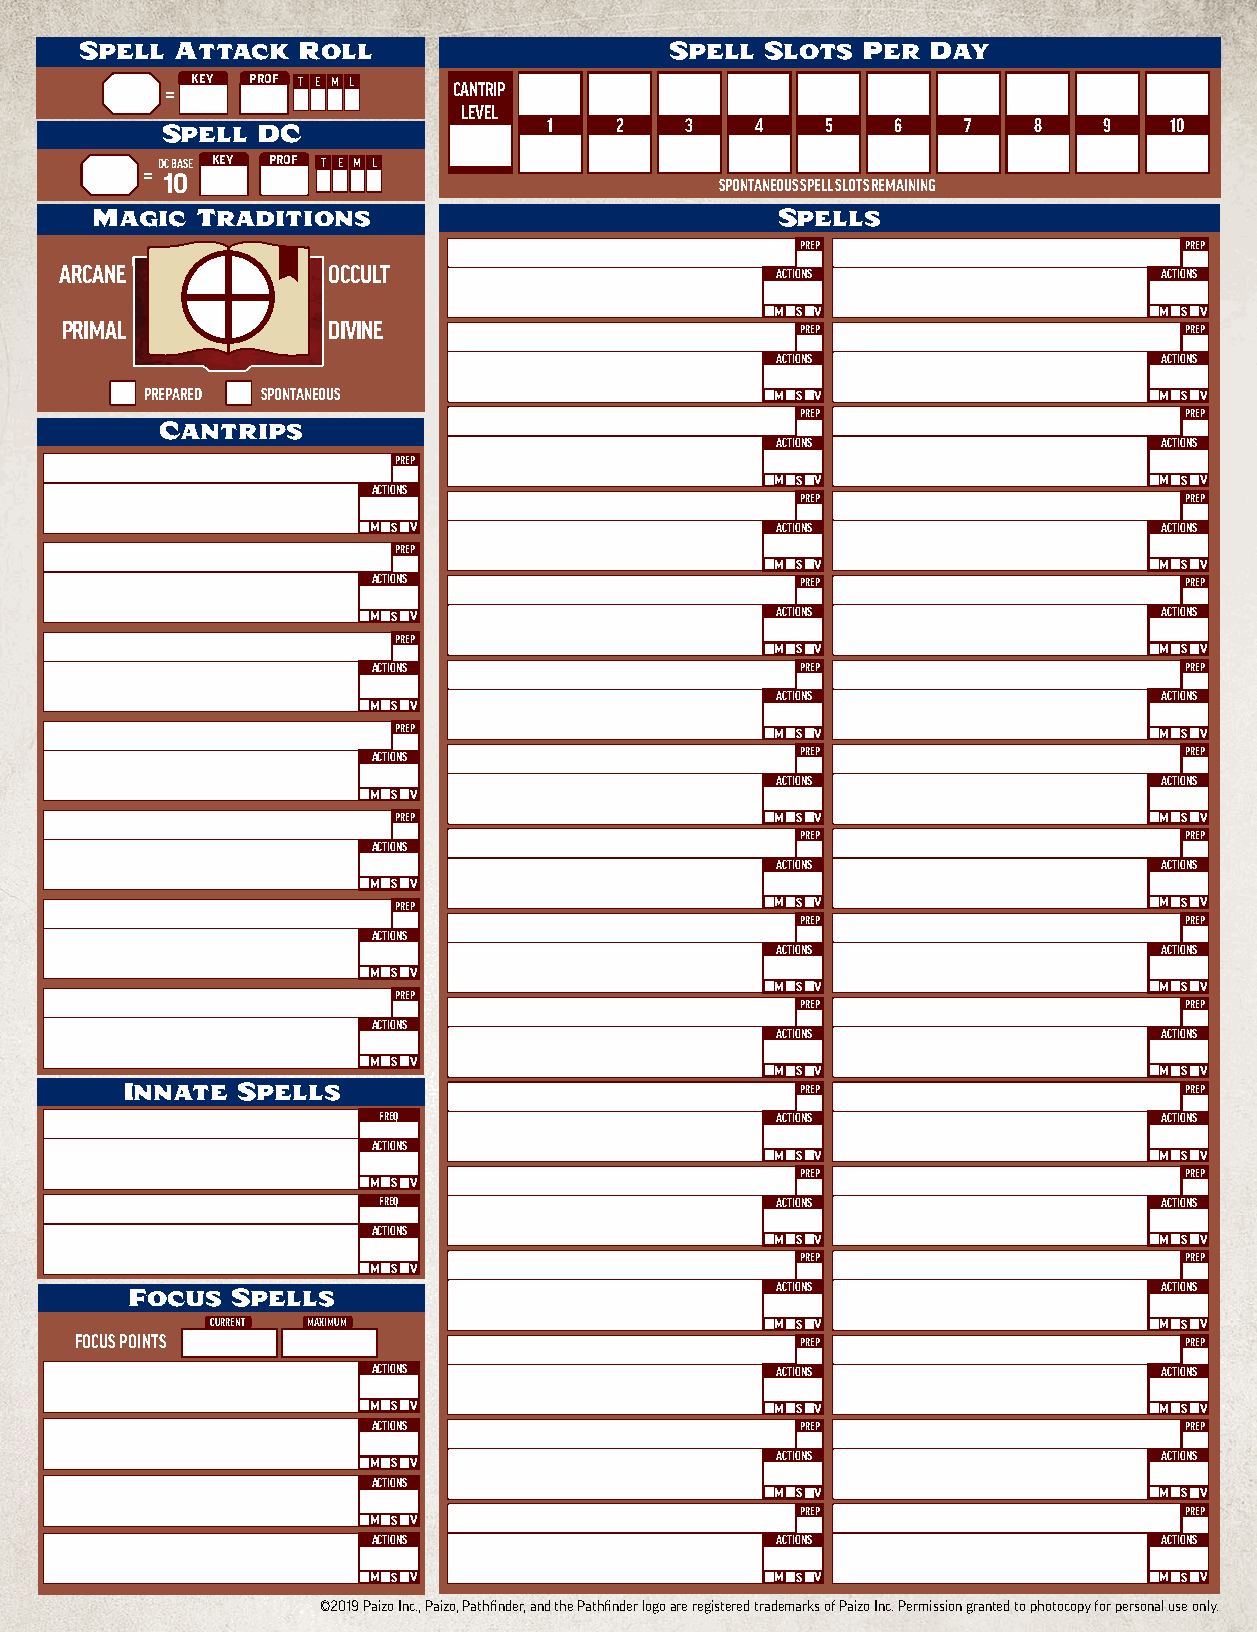
Spell  Attack  Roll                    Spell  Slots Per Day
 = KEY PROF T E M L CANTRIP
 LEVEL
 Spell DC                 1    2   3    4    5   6    7   8    9   10
 =DC BASE KEY PROF T E M L
 10
 SPONTANEOUS SPELL SLOTS REMAINING
 Magic  Traditions                            Spells
 PREP                     PREP
 ARCANE            OCCULT                       ACTIONS                   ACTIONS
 M S V                     M S V
 PRIMAL            DIVINE                         PREP                     PREP
 ACTIONS                   ACTIONS
 PREPARED SPONTANEOUS                     M S V                     M S V
 PREP                     PREP
 Cantrips
 ACTIONS                   ACTIONS
 PREP
 M S V                     M S V
 ACTIONS
 PREP                     PREP
 M S V                      ACTIONS                   ACTIONS
 PREP
 M S V                     M S V
 ACTIONS                     PREP                     PREP
 M S V                      ACTIONS                   ACTIONS
 PREP
 M S V                     M S V
 ACTIONS                     PREP                     PREP
 ACTIONS                   ACTIONS
 M S V
 PREP                     M S V                     M S V
 ACTIONS                     PREP                     PREP
 ACTIONS                   ACTIONS
 M S V
 PREP                     M S V                     M S V
 PREP                     PREP
 ACTIONS
 ACTIONS                   ACTIONS
 M S V
 PREP                     M S V                     M S V
 PREP                     PREP
 ACTIONS
 ACTIONS                   ACTIONS
 M S V
 M S V                     M S V
 PREP
 PREP                     PREP
 ACTIONS
 ACTIONS                   ACTIONS
 M S V
 M S V                     M S V
 Innate  Spells
 PREP                     PREP
 FREQ                      ACTIONS                   ACTIONS
 ACTIONS
 M S V                     M S V
 PREP                     PREP
 M S V
 FREQ                      ACTIONS                   ACTIONS
 ACTIONS
 M S V                     M S V
 PREP                     PREP
 M S V
 Focus  Spells                              ACTIONS                   ACTIONS
 CURRENT MAXIMUM                      M S V                     M S V
 FOCUS POINTS                                    PREP                     PREP
 ACTIONS                   ACTIONS                   ACTIONS
 M S V                      M S V                     M S V
 ACTIONS                     PREP                     PREP
 ACTIONS                   ACTIONS
 M S V
 ACTIONS
 M S V                     M S V
 PREP                     PREP
 M S V
 ACTIONS                   ACTIONS                   ACTIONS
 M S V                      M S V                     M S V
 ©2019 Paizo Inc., Paizo, Pathfinder, and the Pathfinder logo are registered trademarks of Paizo Inc. Permission granted to photocopy for personal use only.